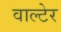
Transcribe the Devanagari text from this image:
वाल्टेर